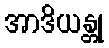
အာဒိယန္တု